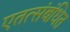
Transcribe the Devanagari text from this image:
एतत्संबंधित